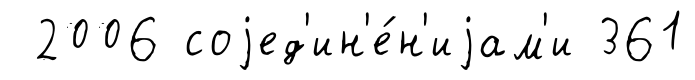
2006 соjед'ин'е́н'иjам'и 361